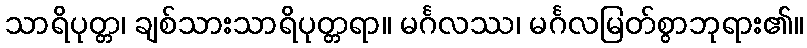
သာရိပုတ္တ၊ ချစ်သားသာရိပုတ္တရာ။ မင်္ဂလဿ၊ မင်္ဂလမြတ်စွာဘုရား၏။